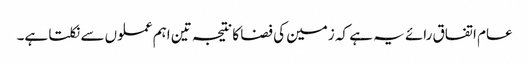
عام اتفاق رائے یہ ہے کہ زمین کی فضا کا نتیجہ تین اہم عملوں سے نکلتا ہے۔